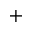
+